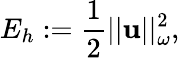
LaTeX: E_{h}:=\frac{1}{2}||\mathbf{u}||_{\omega}^{2},